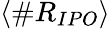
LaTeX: \langle\# R_{IPO}\rangle